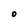
Character: O